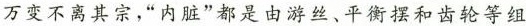
万变不离其宗，“内脏”都是由游丝、平衡摆和齿轮等组